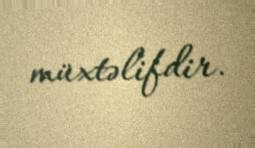
müxtəlifdir.